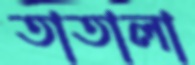
তাতালা